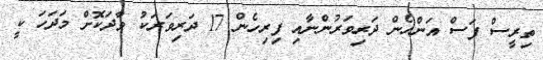
ތިރީސް ފަސް އަންހެން ދަރިވަރުންނާއި ފިރިހެން 17 ދަރިވަރަކު ވާދަކޮށް މަދަހަ ކީ